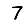
Digit: 7